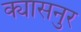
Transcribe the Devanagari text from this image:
क्यासनुर